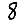
Digit: 8